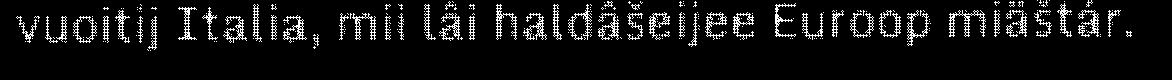
vuoitij Italia, mii lâi haldâšeijee Euroop miäštár.